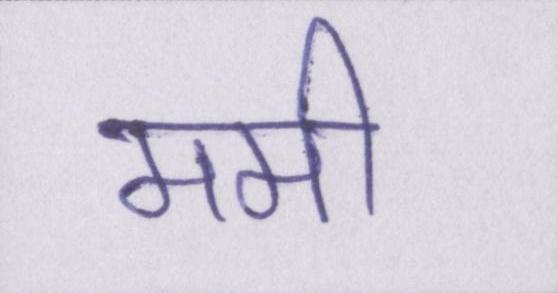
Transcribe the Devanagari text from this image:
ममी